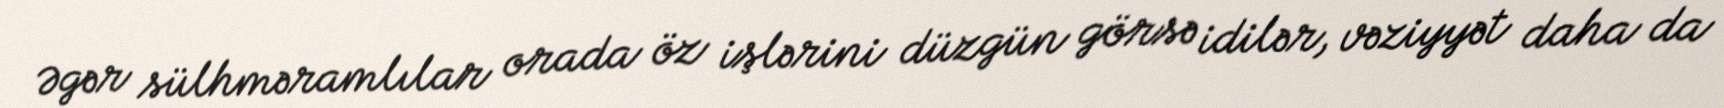
Əgər sülhməramlılar orada öz işlərini düzgün görsə idilər, vəziyyət daha da